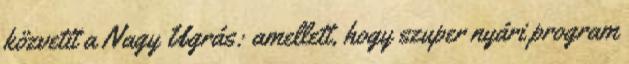
közvetít a Nagy Ugrás: amellett, hogy szuper nyári program